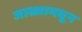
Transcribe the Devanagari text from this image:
जाळ्यामधून